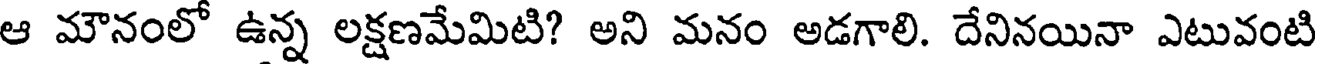
ఆ మౌనంలో ఉన్న లక్షణమేమిటి? అని మనం అడగాలి. దేనినయినా ఎటువంటి